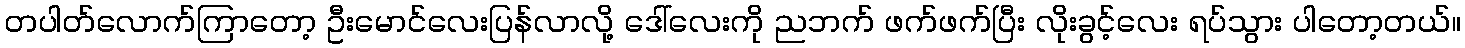
တပါတ်လောက်ကြာတော့ ဦးမောင်လေးပြန်လာလို့ ဒေါ်လေးကို ညဘက် ဖက်ဖက်ပြီး လိုးခွင့်လေး ရပ်သွား ပါတော့တယ်။